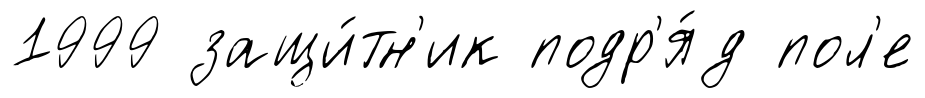
1999 защи́тн'ик подр'я́д пол'е